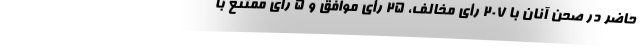
حاضر در صحن آنان با ۲۰۷ رأی مخالف، ۲۵ رأی موافق و ۵ رأی ممتنع با